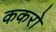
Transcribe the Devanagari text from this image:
ककरो